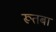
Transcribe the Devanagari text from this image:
रूतबा